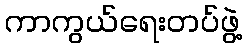
ကာကွယ်ရေးတပ်ဖွဲ့